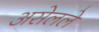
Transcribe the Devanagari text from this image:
असेलले